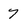
Character: 7